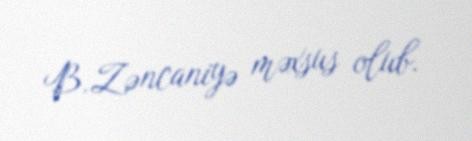
B.Zəncaniyə məxsus olub.